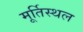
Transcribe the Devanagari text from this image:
मूर्तिस्थल